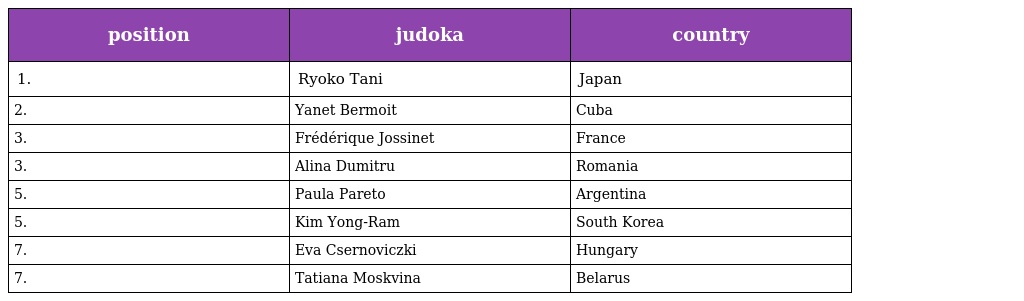
| position | judoka | country |
 | --- | --- | --- |
 | 1. | Ryoko Tani | Japan |
 | 2. | Yanet Bermoit | Cuba |
 | 3. | Frédérique Jossinet | France |
 | 3. | Alina Dumitru | Romania |
 | 5. | Paula Pareto | Argentina |
 | 5. | Kim Yong-Ram | South Korea |
 | 7. | Eva Csernoviczki | Hungary |
 | 7. | Tatiana Moskvina | Belarus |